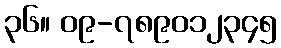
၃၆။ ၀၉-၇၈၉၀၁၂၃၄၅